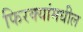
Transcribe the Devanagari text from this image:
फिरक्यांमधील